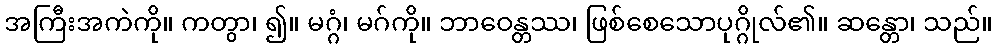
အကြီးအကဲကို။ ကတွာ၊ ၍။ မဂ္ဂံ၊ မဂ်ကို။ ဘာဝေန္တဿ၊ ဖြစ်စေသောပုဂ္ဂိုလ်၏။ ဆန္တော၊ သည်။